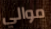
موالي